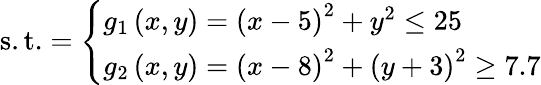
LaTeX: {\mathrm{s.t.}}={\left\{ \begin{array}{ll}{g_{1}\left(x,y\right)=\left(x-5\right)^{2}+y^{2}\leq 25}\\ {g_{2}\left(x,y\right)=\left(x-8\right)^{2}+\left(y+3\right)^{2}\geq 7.7}\end{array}\right.}